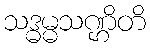
သဒ္ဓမ္မသဏ္ဌိတိ